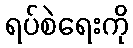
ရပ်စဲရေးကို